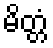
မိတ္တံ